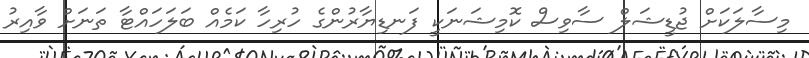
މިސާލަކަށް ޖުޑީޝަލް ސާވިސް ކޮމިޝަނަކީ ފަނޑިޔާރުންގެ ހުރިހާ ކަމެއް ބަލަހައްޓާ ތަނަށް ވާއިރު